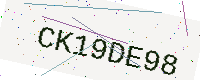
Text: CK19DE98